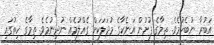
އަބުރާ ނުބެހުމެވެ. ތިމާގެ ފުށުން އަނެކާގެ މުދަލަކަށް ގެއްލުމެއް ނުދިނުމެވެ. ތިމާގެ ހިތުގައި